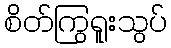
စိတ်ကြွရူးသွပ်